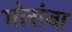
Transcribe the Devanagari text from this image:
मोरांबा